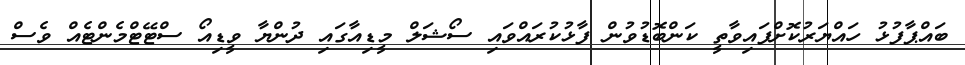
ބައްޕާފުޅު ހައްޔަރުކޮށްފައިވާތީ ކަންބޮޑުވުން ފާޅުކުރައްވައި ސޯޝަލް މީޑިއާގައި ދުންޔާ ވީޑިއޯ ސްޓޭޓްމެންޓެއް ވެސް